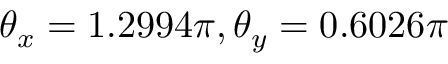
\theta _ { x } = 1 . 2 9 9 4 \pi , \theta _ { y } = 0 . 6 0 2 6 \pi